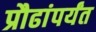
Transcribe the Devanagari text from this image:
प्रौढांपर्यंत